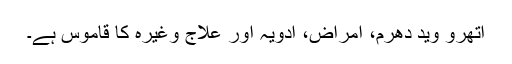
اتھرو وید دھرم، امراض، ادویہ اور علاج وغیرہ کا قاموس ہے۔